Report of the Indian Hemp Drugs Commission, 1894-1895 - Volume III
Year: 1894
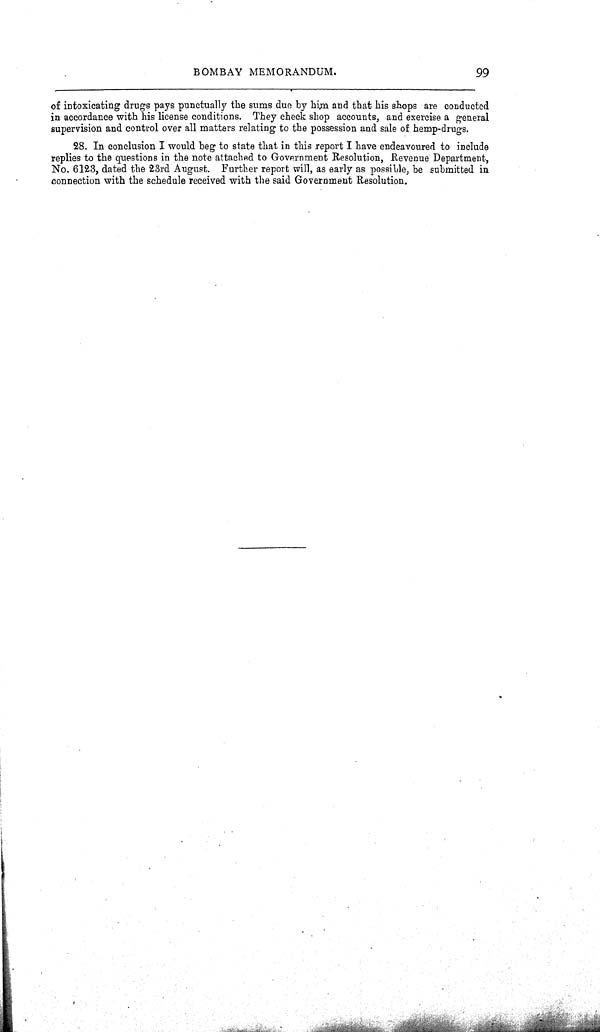
BOMBAY MEMORANDUM.
99
of intoxicating drugs pays punctually the sums due by him and that his shops are conducted
in accordance with his license conditions. They check shop accounts, and exercise a general
supervision and control over all matters relating to the possession and sale of hemp-drugs.
28. In conclusion I would beg to state that in this report I have endeavoured to include
replies to the questions in the note attached to Government Resolution, Revenue Department,
No. 6123, dated the 23rd August. Further report will, as early as possible, be submitted in
connection with the schedule received with the said Government Resolution.